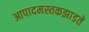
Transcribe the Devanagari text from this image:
आपादमस्तकझाडते